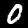
Label: 0